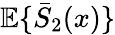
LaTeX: {\mathbb E}\{ \bar{S}_{2}(x)\}